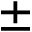
\pm